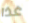
غذا